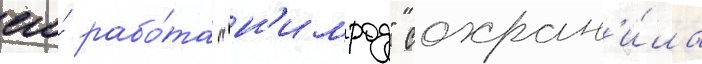
его́ рабо́та "н'имрод" сохран'и́ла